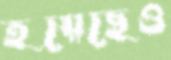
হয়েছেও